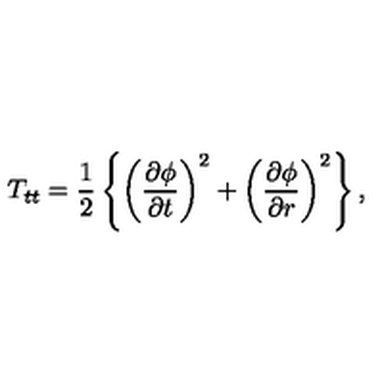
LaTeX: T _ { t t } = \frac { 1 } { 2 } \left\{ \left( \frac { \partial \phi } { \partial t } \right) ^ { 2 } + \left( \frac { \partial \phi } { \partial r } \right) ^ { 2 } \right\} ,